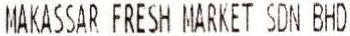
MAKASSAR FRESH MARKET SDN BHD